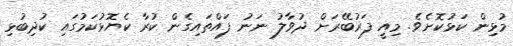
މުޅިން ކަޅުކޮށެވެ. މިއީ ފަރުބޭރަށް ދުވާލު ނަނު ފައްތައިގެން ކުރާ ކެޔޮޅުކަމުގައި ކުދިބުޅި